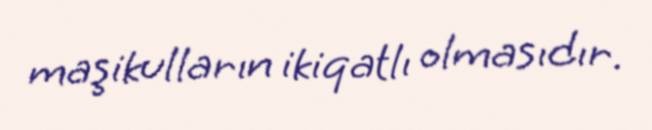
maşikulların ikiqatlı olmasıdır.